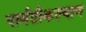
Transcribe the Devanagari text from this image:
पार्वतीकल्याण